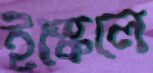
ইস্কেলে